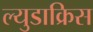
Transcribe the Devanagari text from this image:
ल्युडाक्रिस